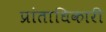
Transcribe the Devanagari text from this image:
प्रांताधिकारी